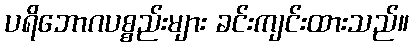
ပရိဘောဂပစ္စည်းများ ခင်းကျင်းထားသည်။